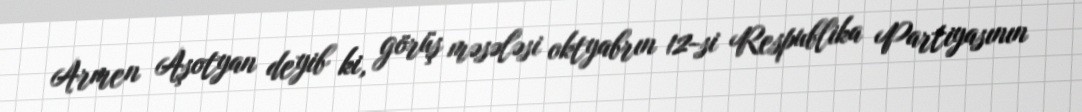
Armen Aşotyan deyib ki, görüş məsələsi oktyabrın 12-si Respublika Partiyasının